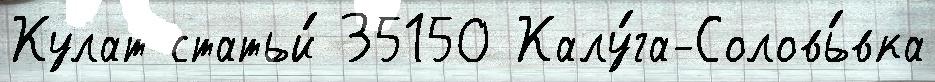
Кулат статьи́ 35150 Калу́га-Соловь́вка